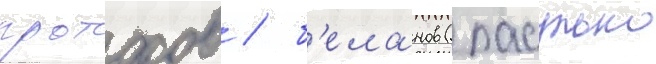
протасов / б'еланов (пасулько